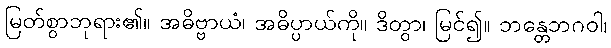
မြတ်စွာဘုရား၏။ အဓိဗ္ဗာယံ၊ အဓိပ္ပာယ်ကို။ ဒိတွာ၊ မြင်၍။ ဘန္တေဘဂဝါ၊